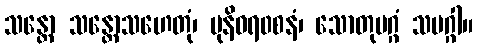
သန္တော သန္တောသဟေတုံ၊ မုနိဝရ၀စနံ၊ သောတုမဂ္ဂံ သမဂ္ဂါ။